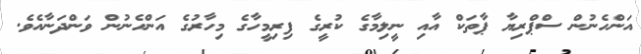
އަންހެނުން ސްޕްރިޔާ ޕާތަކް އާއި ނީލިމާގެ ކުރީގެ ފިރިމީހާގެ މިހާރުގެ އަންހެނުން ވަންދަނާއެވެ.